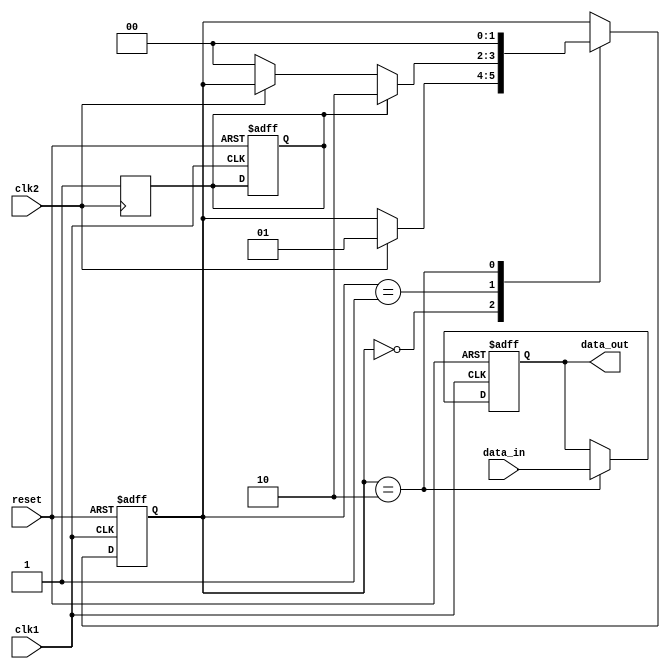
module Synchronizer (
  input wire clk1,
  input wire clk2,
  input wire reset,
  input wire data_in,
  output reg data_out
);

reg sync_flag;
reg [1:0] state;

always @(posedge clk1 or posedge reset) begin
  if (reset) begin
    state <= 2'b00;
    sync_flag <= 1'b0;
    data_out <= 1'b0;
  end else begin
    case (state)
      2'b00: begin // Detect when clocks are aligned
        if (clk2) begin
          state <= 2'b01;
        end
      end
      2'b01: begin // Manage potential delays or glitches
        if (sync_flag) begin
          state <= 2'b10;
        end else if (!clk2) begin
          state <= 2'b00;
        end
      end
      2'b10: begin // Exchange data
        data_out <= data_in;
        state <= 2'b00;
      end
    endcase
  end
end

always @(posedge clk2) begin
  sync_flag <= 1'b1;
end

endmodule